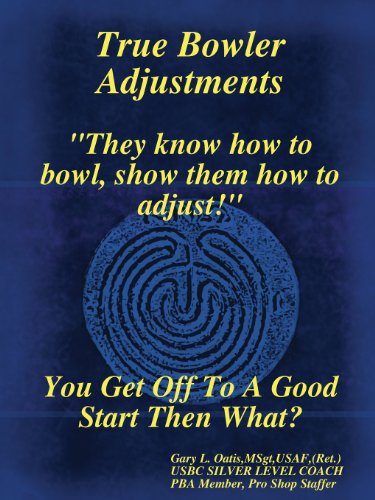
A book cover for True Bowler Adjustments; Gary L. Oatis MSgt USAF (Ret.); Sports & Outdoors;